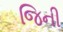
જિની